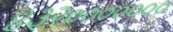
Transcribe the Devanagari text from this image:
४३२०००००००